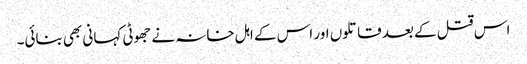
اس قتل کے بعد قاتلوں اور اس کے اہل خانہ نے جھوٹی کہانی بھی بنائی۔